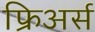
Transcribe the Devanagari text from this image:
फ्रिअर्स